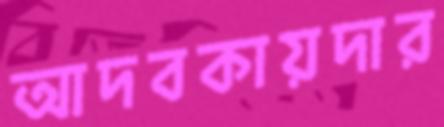
আদবকায়দার